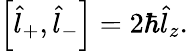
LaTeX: \begin{array}{r}{\left[\hat{l}_{+},\hat{l}_{-}\right]=2\hbar\hat{l}_{z}.}\end{array}